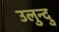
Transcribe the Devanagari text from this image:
उलुन्दु